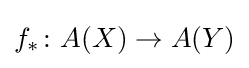
f_{*}\colon A(X)\to A(Y)